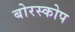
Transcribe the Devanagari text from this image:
बोरस्कोप